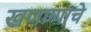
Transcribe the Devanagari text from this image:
खणण्याचे